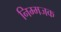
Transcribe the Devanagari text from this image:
निम्मजक